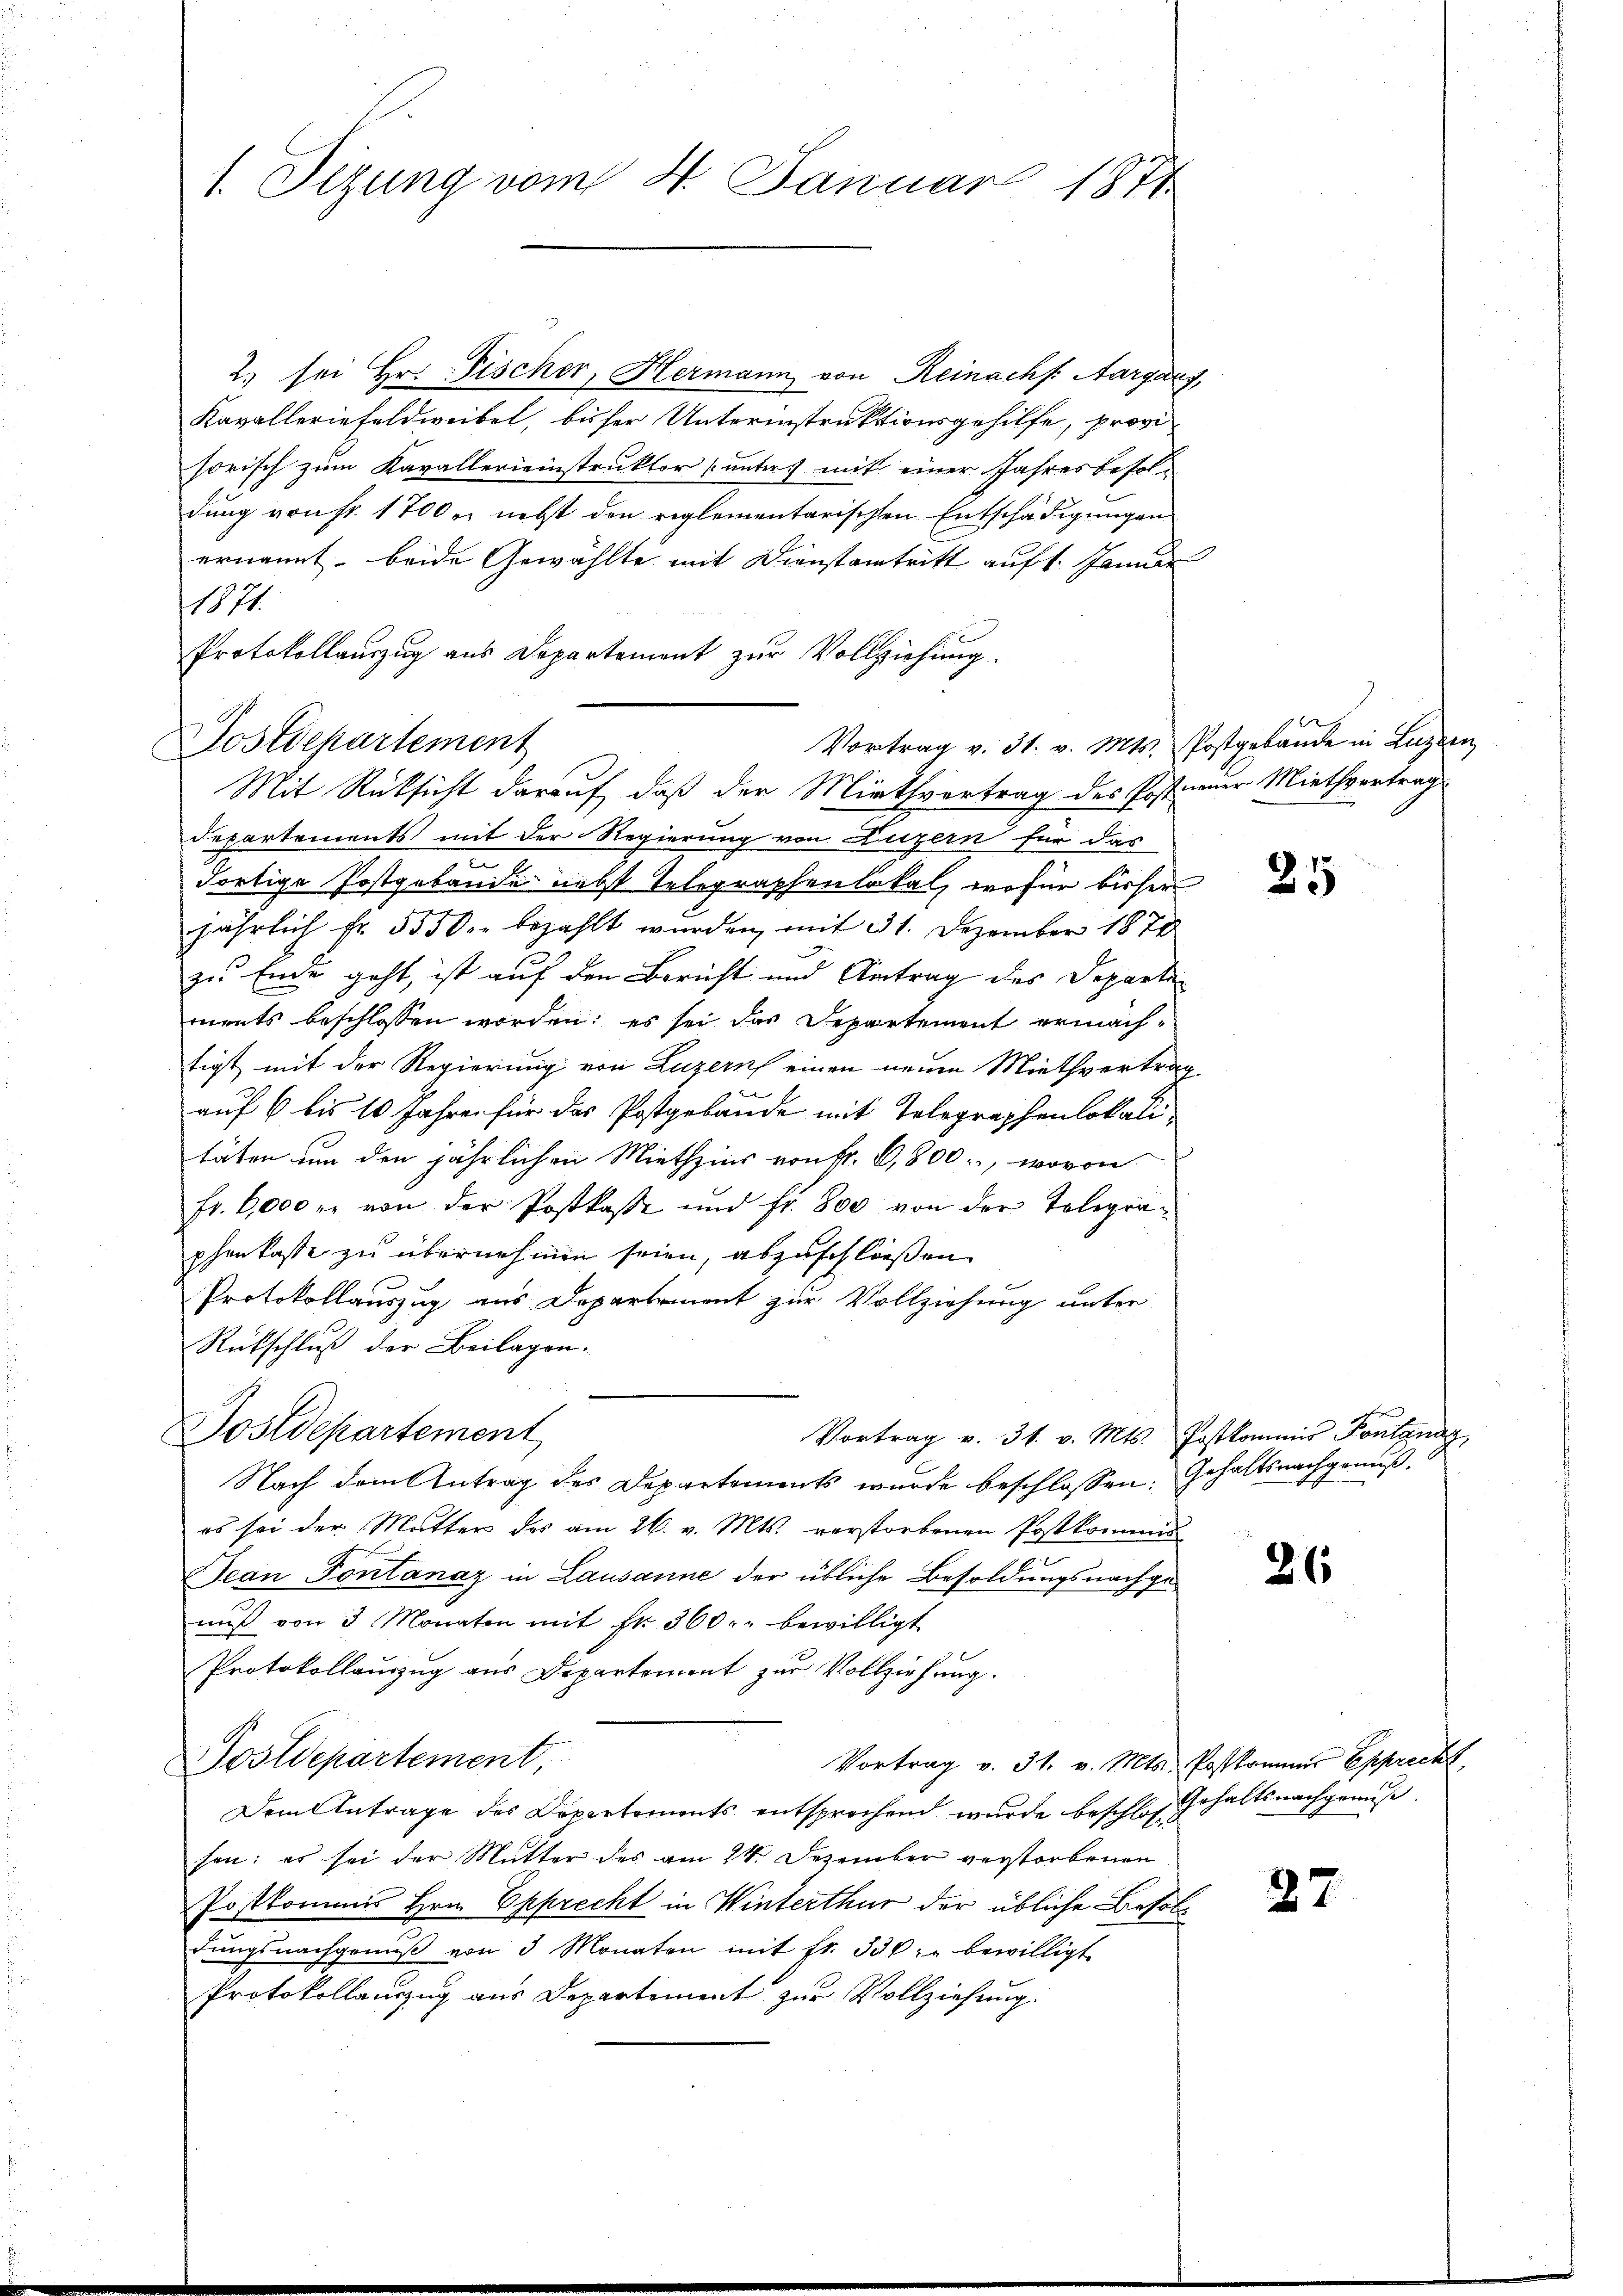
1. Sizung vom 4. Januar 1871

Jostschartement
Mit Rücksicht darauf, daß der Miethvortrag des Postinner Miethvertrags

2. sei Hr. Fischer, Hermann von Reinachs. Aargarz,
Kavalleriefeldweibel, bisser Unterinstruktionsgehilfe, provi
sorisch zum Kavallerieinstruktor [unters mit einer Jahresbesoldung von Fr. 1700 r. nebst den reglementarischen Entschädigungen
ernannt, beide Gewählte mit Dienstantritt auf 1. Januar
111
Protokollauszug aus Departement zur Vollziehung.
Departements mit der Regierung von Luzern für das
c
dortige Postgebäude nebst Telegraphenlokal, wofür bisher
jährlich Fr. 5550. bezahlt wurden, mit 31. Dezember 1878
zu Ende geht, ist auf den Bericht und Antrag des Departe
ments beschlossen worden; es sei das Departement ermächtigt mit der Regierung von Luzern einen neuen Miethvertrag
e
auf 6 bis 10 Jahre für das Postgebäude mit Telegraphenlokalitäten um den jährlichen Miethzins von Nr. 6,800, wovon
fr. 6000 r. von der Postkase und fr. 800 von der Telegraphenkasse zu übernehmen seien, abzuschließen.
Protokollauszug aus Departement zur Vollziehung unter
Rückschluß der Beilagen.
Postdepartement,
Vortrag v. 31. v. Mts. Postkommis Pontanaz
Nach dem Antrag des Departements wurde beschlossen: Gehaltsnachgenuß
es sei der Mutter des am 26. v. Mts. verstorbenen Postkommis
Jean Fontanaz in Lausanne der übliche Besoldungsnachgenuß von 3 Monaten mit Fr. 360. bewilligt
Protokollauszug aus Departement zur Vollziehung.
Postdepartement,
Vortrag v. 31. v. Mts. Postkommer Epprecht
Dem Antrage des Departements entsprechend wurde beschloß Gehalts nachgemeßesen: es sei der Mutter des am 24. Dezember verstorbenen
Postkommis Hrn. Epprecht in Winterthur der übliche Besoldŭngsnachgenŭβ von 3 Monaten mit fr. 330 bewilligt
Protokollauszug aus Departement zur Vollziehung.

Vortrag v. 31. v. Mts. Postgebäude in Luzern,

25

26

27